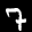
Label: 7